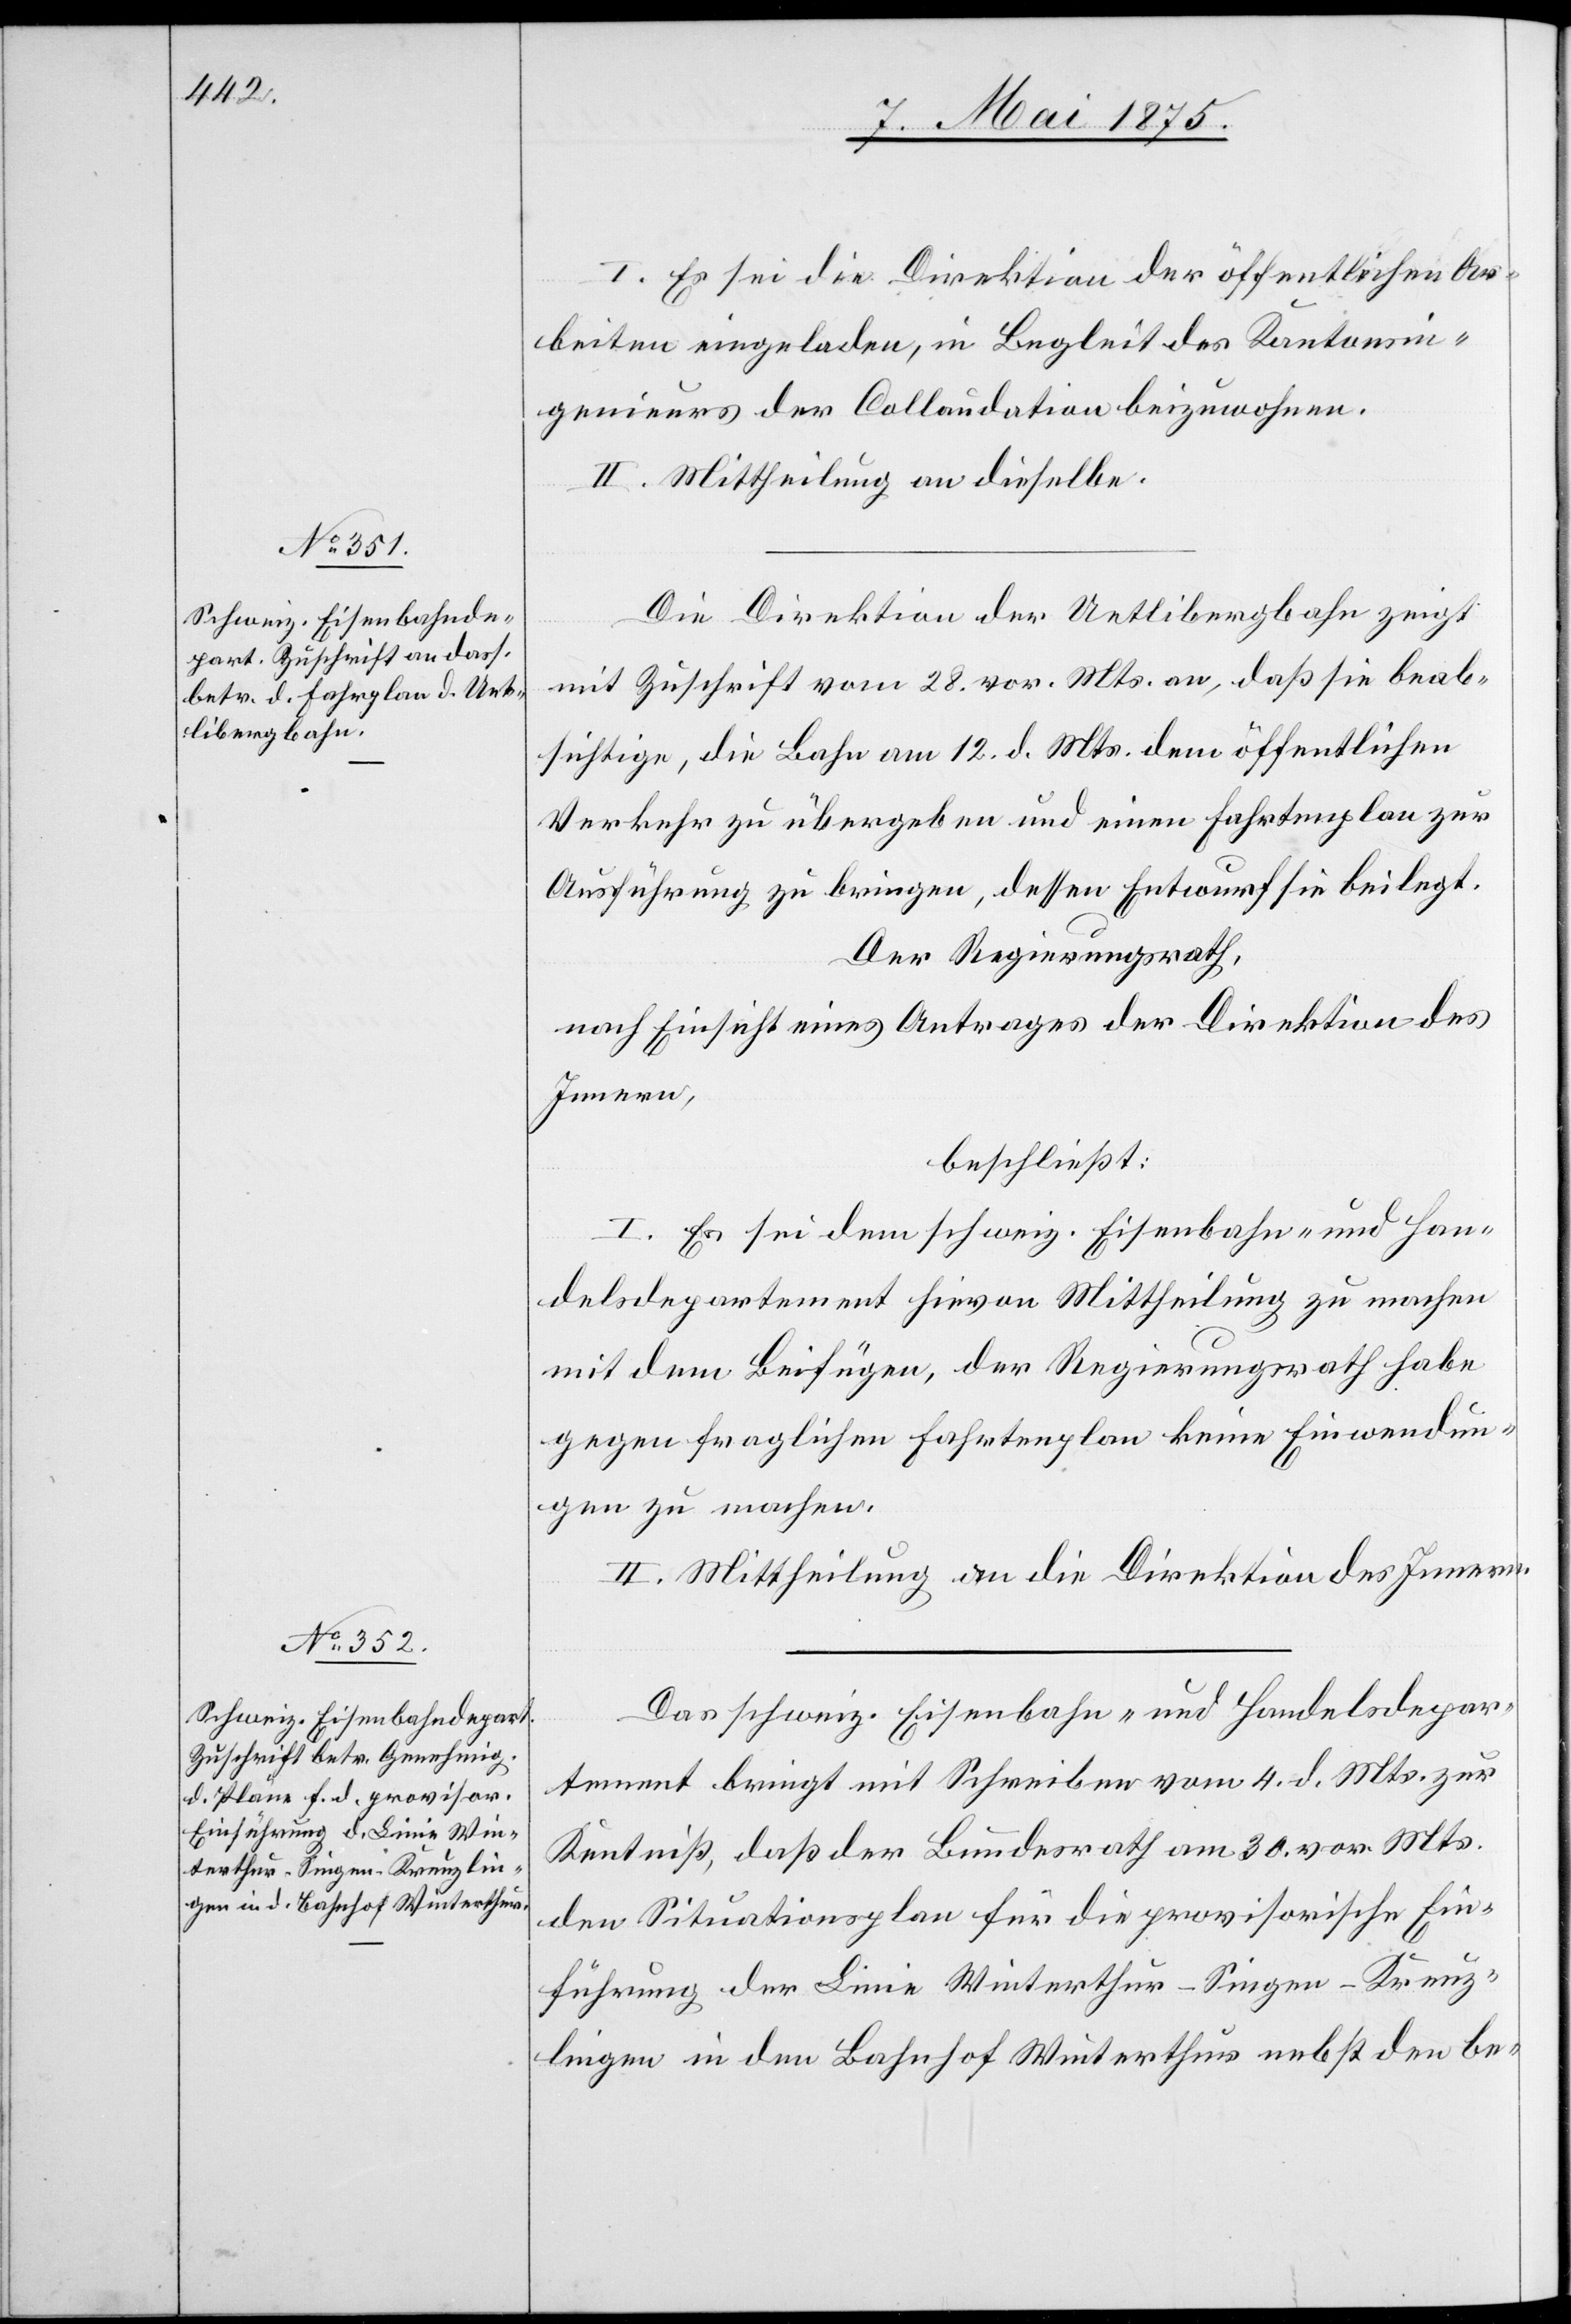
I. es sei die Direktion der öffentlichen Ar¬
beiten eingeladen, in Begleit des Kantonsin¬
genieurs der Collaudation beizuwohnen.
II. Mittheilung an dieselbe.
Die Direktion der Uetlibergbahn zeigt
mit Zuschrift vom 28. vor. Mts. an, daß sie beab¬
sichtige, die Bahn am 12. d. Mts. dem öffentlichen
Verkehr zu übergeben und einen Fahrplan zur
Ausführung zu bringen, dessen Entwurf sie beilegt.
Der Regierungsrath,
nach Einsicht eines Antrages der Direktion des
Innern,
beschließt:
I. Es sei dem schweiz. Eisenbahn- und Han¬
delsdepartement hievon Mittheilung zu machen
mit dem Beifügen, der Regierungsrath habe
gegen fraglichen Fahrplan keine Einwendun¬
gen zu machen.
II. Mittheilung an die Direktion des Innern.
Das schweiz. Eisenbahn- und Handelsdepar¬
tement bringt mit Schreiben vom 4. d. Mts. zur
Kenntniß, daß der Bundesrath am 30. vor. Mts.
den Situationsplan für die provisorische Ein¬
führung der Linie Winterthur–Singen–Kreuz¬
lingen in den Bahnhof Winterthur nebst den be-